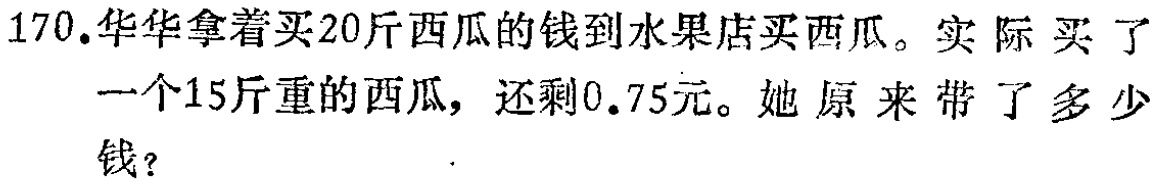
170.华华拿着买20斤西瓜的钱到水果店买西瓜。实际买了一个15斤重的西瓜，还剩0.75元。她原来带了多少钱？